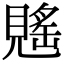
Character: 𧡷